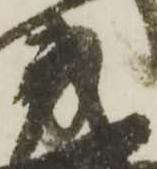
茂